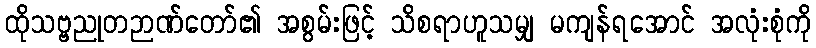
ထိုသဗ္ဗညုတဉာဏ်တော်၏ အစွမ်းဖြင့် သိစရာဟူသမျှ မကျန်ရအောင် အလုံးစုံကို